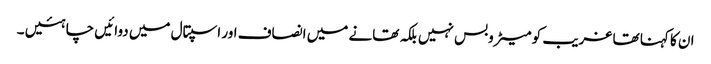
ان کا کہنا تھا غریب کو میٹروبس نہیں بلکہ تھانے میں انصاف اور اسپتال میں دوائیں چاہئیں ۔